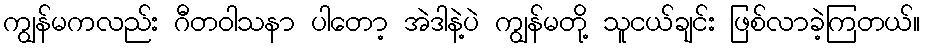
ကျွန်မကလည်း ဂီတဝါသနာ ပါတော့ အဲဒါနဲ့ပဲ ကျွန်မတို့ သူငယ်ချင်း ဖြစ်လာခဲ့ကြတယ်။